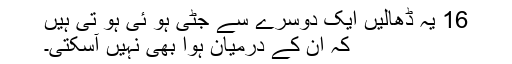
16 یہ ڈھالیں ایک دوسرے سے جُٹی ہو ئی ہو تی ہیں
کہ ان کے درمیان ہوا بھی نہیں آسکتی۔